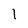
Character: I